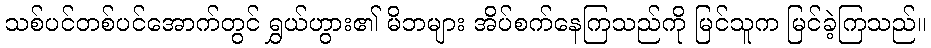
သစ်ပင်တစ်ပင်အောက်တွင် ရွှယ်ဟွား၏ မိဘများ အိပ်စက်နေကြသည်ကို မြင်သူက မြင်ခဲ့ကြသည်။